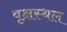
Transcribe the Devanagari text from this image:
वृक्षस्थल